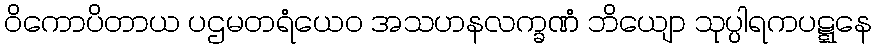
ဝိကောပိတာယ ပဌမတရံယေဝ အသဟနလက္ခဏံ ဘိယျော သုပ္ပါရကပဋ္ဋနေ